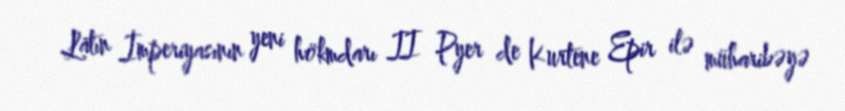
Latın İmperiyasının yeni hökmdarı II Pyer de Kurtene Epir ilə müharibəyə